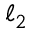
\ell _ { 2 }